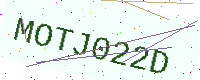
Text: MOTJ022D